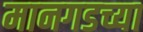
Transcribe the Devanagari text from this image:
मानगडच्या